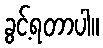
ခွင့်ရတာပါ။